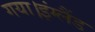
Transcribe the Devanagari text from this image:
गया।इंग्लैंड